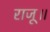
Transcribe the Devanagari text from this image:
राजू॥